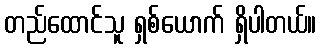
တည်ထောင်သူ ရှစ်ယောက် ရှိပါတယ်။